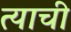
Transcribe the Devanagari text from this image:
त्‍याची